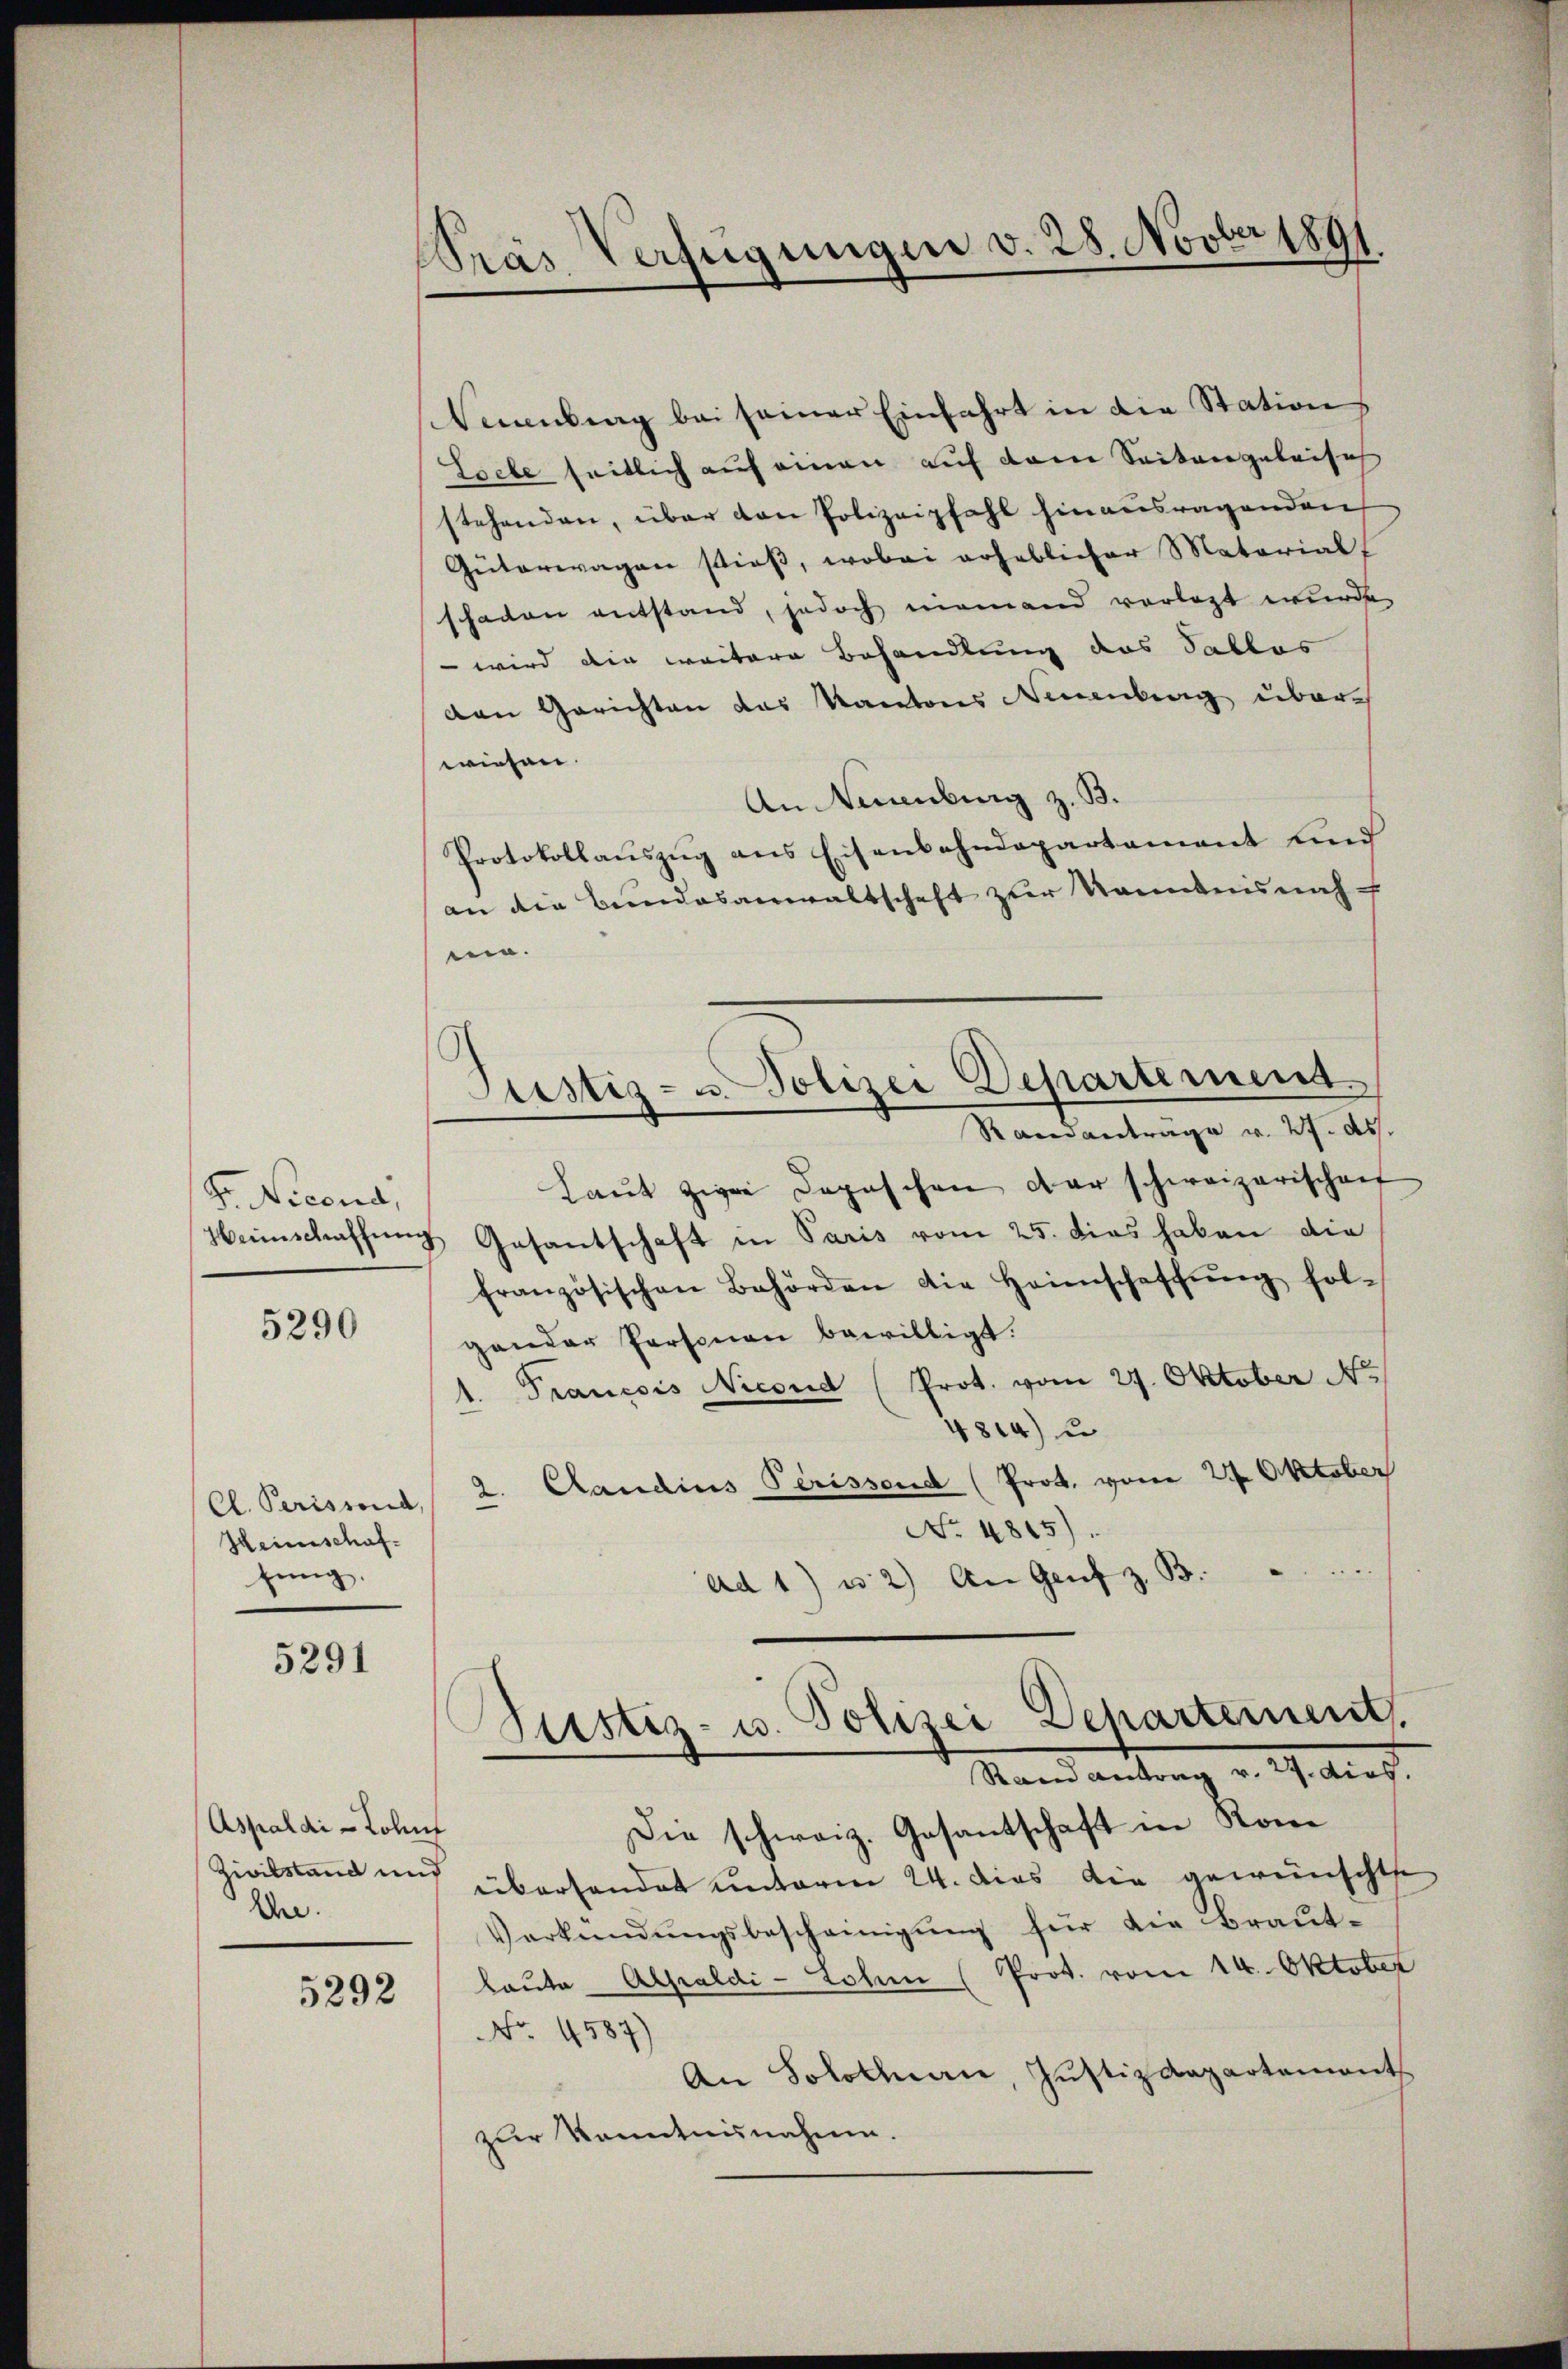
G. Necensi

5290

Heimschaffung.

5291

Neuenburg bei seiner Einfahrt in die Station
Esele seitlich auf einen auf dem Seitengeleise
stehenden, über den Polizeipfahl hinausragenden
Güterwagen stieß, wobei erheblicher Materialf
schaden entstand, jedoch niemand vorlegt wurde,
 wird die weitere Behandlung des Sallas
den Gerichten das Kantons Neuenburg über-
wiesen.
An Neuenburg z. B.
Protokollauszug aus Eisenbahndepartement und
an die Bundesanwaltschaft zur kanntens nah
ein.
Justiz- u. Polizei Departement
Randantrage v. 27. ds.
Laŭt zwei Depeschen der schweizerischen
beinschaffung Gesantschaft in Paris vom 25. dies haben die
französischen Behörden die Heimschaffŭng fol-
gander Personen bewilligt.
Francois Nicoud (Prot. vom 27. Oktober No
4814) u
Cl. Perissend 2. Candius Perissend (Prot. vom 27. Oktober
No. 4815).
Ad 1) u. 2) An Genf z. B.  ..  ..
Justiz- u. Polizei Departement.

Aspalai-Lohns
An.

5292

Pras Verfügungen v. 28. Novber 1891

Rand antrag v. 27. dies.

Die schweiz. Gesantschaft in Kone
Zivilstand und überhandet unterm 24. dies die gewünschte
Verkündŭngsbescheinigŭng für die Braŭt-
laute Alpaldi-Lohn (Prot. vom 14. Oktober
No. 4587)
An Solothurn, Justizdepartement.
zŭr Kenntnisnahme.